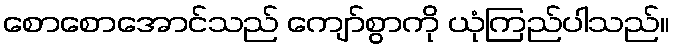
စောစောအောင်သည် ကျော်စွာကို ယုံကြည်ပါသည်။